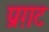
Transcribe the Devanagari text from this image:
प्रग़ट